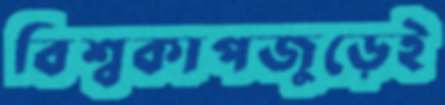
বিশ্বকাপজুড়েই